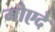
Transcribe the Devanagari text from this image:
मोएदे